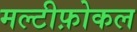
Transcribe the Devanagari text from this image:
मल्टीफ़ोकल